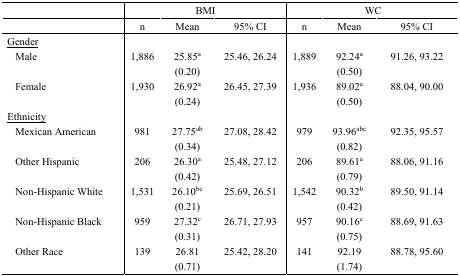
<table><thead><tr><td></td><td colspan="3"><b>BMI</b></td><td colspan="3"><b>WC</b></td></tr><tr><td></td><td><b>n</b></td><td><b>Mean</b></td><td><b>95% CI</b></td><td><b>n</b></td><td><b>Mean</b></td><td><b>95% CI</b></td></tr></thead><tbody><tr><td><underline>Gender</underline></td><td></td><td></td><td></td><td></td><td></td><td></td></tr><tr><td>Male</td><td>1,886</td><td>25.85<sup>a</sup> (0.20)</td><td>25.46, 26.24</td><td>1,889</td><td>92.24<sup>a</sup> (0.50)</td><td>91.26, 93.22</td></tr><tr><td>Female</td><td>1,930</td><td>26.92<sup>a</sup> (0.24)</td><td>26.45, 27.39</td><td>1,936</td><td>89.02<sup>a</sup> (0.50)</td><td>88.04, 90.00</td></tr><tr><td><underline>Ethnicity</underline></td><td></td><td></td><td></td><td></td><td></td><td></td></tr><tr><td>Mexican American</td><td>981</td><td>27.75<sup>ab</sup> (0.34)</td><td>27.08, 28.42</td><td>979</td><td>93.96<sup>abc</sup> (0.82)</td><td>92.35, 95.57</td></tr><tr><td>Other Hispanic</td><td>206</td><td>26.30<sup>a</sup> (0.42)</td><td>25.48, 27.12</td><td>206</td><td>89.61<sup>a</sup> (0.79)</td><td>88.06, 91.16</td></tr><tr><td>Non-Hispanic White</td><td>1,531</td><td>26.10<sup>bc</sup> (0.21)</td><td>25.69, 26.51</td><td>1,542</td><td>90.32<sup>b</sup> (0.42)</td><td>89.50, 91.14</td></tr><tr><td>Non-Hispanic Black</td><td>959</td><td>27.32<sup>c</sup> (0.31)</td><td>26.71, 27.93</td><td>957</td><td>90.16<sup>c</sup> (0.75)</td><td>88.69, 91.63</td></tr><tr><td>Other Race</td><td>139</td><td>26.81 (0.71)</td><td>25.42, 28.20</td><td>141</td><td>92.19 (1.74)</td><td>88.78, 95.60</td></tr></tbody></table>